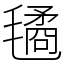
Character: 𣰇